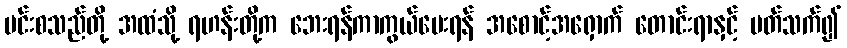
မင်းစသည်တို့ အထံသို့ ရဟန်းတို့က ဘေးရန်ကာကွယ်ပေးရန် အစောင့်အရှောက် တောင်းရာနှင့် ပတ်သက်၍